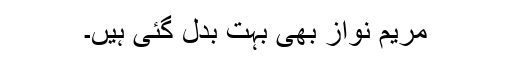
مریم نواز بھی بہت بدل گئی ہیں۔